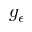
g _ { \epsilon }